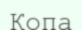
Копа